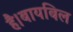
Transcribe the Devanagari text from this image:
है।बायबिल